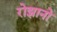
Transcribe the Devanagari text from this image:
रोझानो